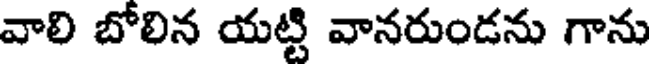
వాలి బోలిన యట్టి వానరుండను గాను